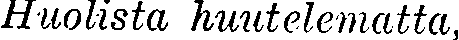
Huolista huutelematta,